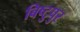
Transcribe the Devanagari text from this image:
बिष्टुपुर